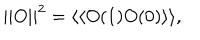
LaTeX: | | O | | ^ { 2 } = \langle \langle O ( 1 ) O ( 0 ) \rangle \rangle ,